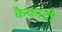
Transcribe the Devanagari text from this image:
कैकादी